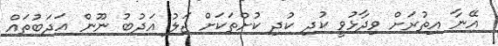
އޭނާ އިތުރަށް ވިދާޅުވީ ކުދި ކުދި ކުށްތަކަށް ޖަލު އަދުބު ނޫން އަދަބުތައް